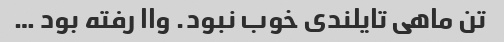
تن ماهی تایلندی خوب نبود. واا رفته بود …